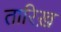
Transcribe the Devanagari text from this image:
तारिख़